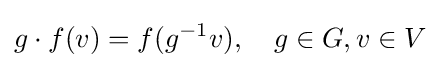
g\cdot f(v)=f(g^{-1}v),\quad g\in G,v\in V